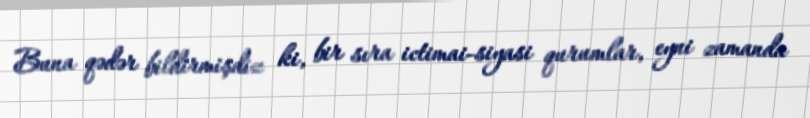
Buna qədər bildirmişdiz ki, bir sıra ictimai-siyasi qurumlar, eyni zamanda